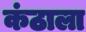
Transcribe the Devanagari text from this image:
कंठाला